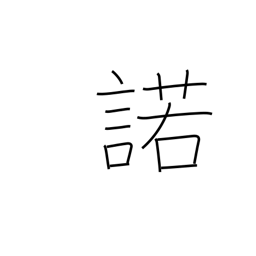
Meaning: assent